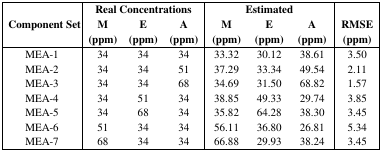
|  | <COLSPAN=3> Real Concentrations | <COLSPAN=3> Estimated |  |
 | Component Set | M (ppm) | E (ppm) | A (ppm) | M (ppm) | E (ppm) | A (ppm) | RMSE (ppm) |
 | --- | --- | --- | --- | --- | --- | --- | --- |
 | MEA-1 | 34 | 34 | 34 | 33.32 | 30.12 | 38.61 | 3.50 |
 | MEA-2 | 34 | 34 | 51 | 37.29 | 33.34 | 49.54 | 2.11 |
 | MEA-3 | 34 | 34 | 68 | 34.69 | 31.50 | 68.82 | 1.57 |
 | MEA-4 | 34 | 51 | 34 | 38.85 | 49.33 | 29.74 | 3.85 |
 | MEA-5 | 34 | 68 | 34 | 35.82 | 64.28 | 38.30 | 3.45 |
 | MEA-6 | 51 | 34 | 34 | 56.11 | 36.80 | 26.81 | 5.34 |
 | MEA-7 | 68 | 34 | 34 | 66.88 | 29.93 | 38.24 | 3.45 |